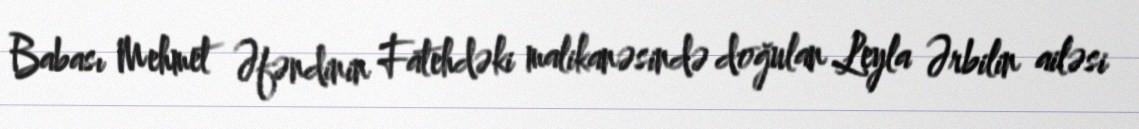
Babası Mehmet Əfəndinin Fatehdəki malikanəsində doğulan Leyla Ərbilin ailəsi